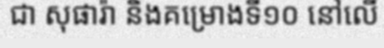
ជា សុផារ៉ា និងគម្រោងទី១០ នៅលើ